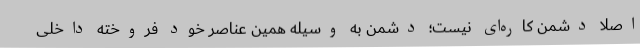
اصلا دشمن کاره‌ای نیست؛ دشمن به وسیله همین عناصر خود فروخته داخلی